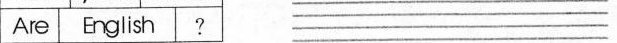
Are English ? ___